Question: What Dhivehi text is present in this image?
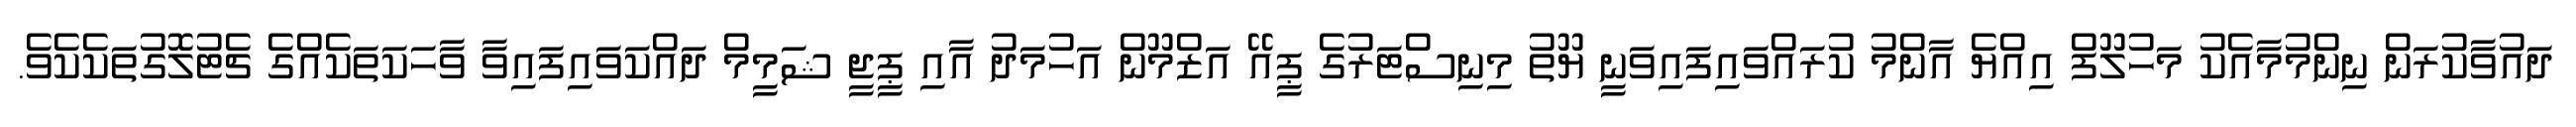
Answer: ދައުވާކުރަން ނިންމުމާއެކު މަހުލޫފް އިއްޔެ އާންމު ކުރައްވައިފައިވަނީ ޔޫތު މިނިސްޓަރުގެ ޕީއޭ އަޒްމޫން އަހުމަދު އާއި ޕީޖީ ޝަމީމް ދައްކަވައިފައިވާ ވާހަކަތަކެއްގެ ޗެޓުލޮގުތަކެކެވެ.